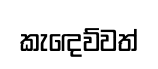
කැඳෙව්වත්